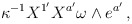
\begin{align*}\kappa^{-1} X^{1'}X^{a'} \omega \wedge e^{a'}\,,\end{align*}